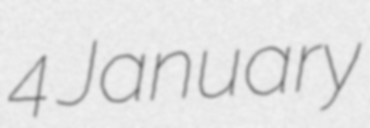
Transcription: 4 January